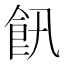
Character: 𲋔